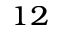
_ { 1 2 }